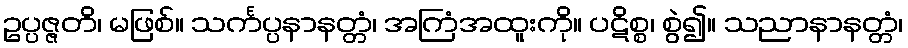
ဥပ္ပဇ္ဇတိ၊ မဖြစ်။ သင်္ကပ္ပနာနတ္တံ၊ အကြံအထူးကို။ ပဋိစ္စ၊ စွဲ၍။ သညာနာနတ္တံ၊